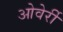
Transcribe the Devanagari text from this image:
ओवेर्री